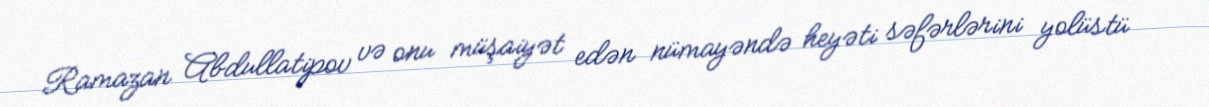
Ramazan Abdullatipov və onu müşaiyət edən nümayəndə heyəti səfərlərini yolüstü